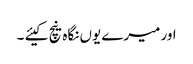
اور میرے یوں نگاہ نیچ کیئے ۔